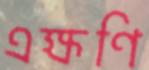
এক্ষণি